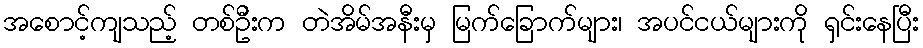
အစောင့်ကျသည့် တစ်ဦးက တဲအိမ်အနီးမှ မြက်ခြောက်များ၊ အပင်ငယ်များကို ရှင်းနေပြီး